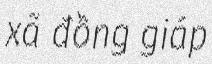
xã đồng giáp